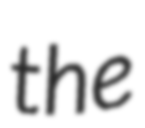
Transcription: the